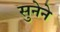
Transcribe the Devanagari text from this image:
सुनेने